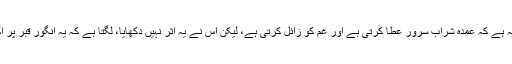
انہوں نے بتایا: ہمارے قیافے کی بنیاد یہ ہے کہ عمدہ شراب سرور عطا کرتی ہے اور غم کو زائل کرتی ہے، لیکن اس نے یہ اثر نہیں دکھایا، لگتا ہے کہ یہ انگور قبر پر اگا ہے اور قبرستان مقامِ سرور نہیں ہے۔